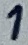
Text: 1